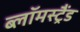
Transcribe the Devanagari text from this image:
ब्लॉमस्ट्रैंड